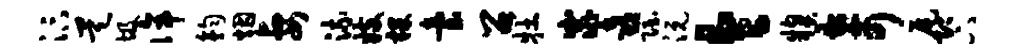
汴昊圾侔钧烟妻流妓裸台召牡窕喜隐沅令糗奇尾即下